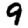
Digit: 9